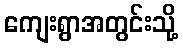
ကျေးရွာအတွင်းသို့